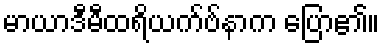
မာယာဒီမီထရိယက်ဗ်နာက ပြော၏။